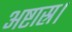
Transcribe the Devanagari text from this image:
अष्टास्र।